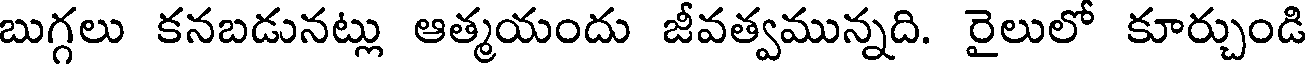
బుగ్గలు కనబడునట్లు ఆత్మయందు జీవత్వమున్నది. రైలులో కూర్చుండి